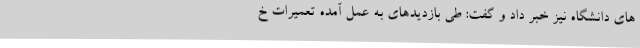
های دانشگاه نیز خبر داد و گفت: طی بازدیدهای به عمل آمده تعمیرات خ